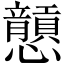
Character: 𢥮